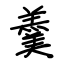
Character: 羹